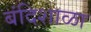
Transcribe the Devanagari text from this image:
बंदिशाळा